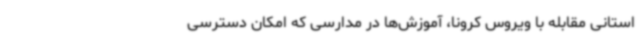
استانی مقابله با ویروس کرونا، آموزش‌ها در مدارسی که امکان دسترسی